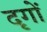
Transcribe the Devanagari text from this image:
दृगों